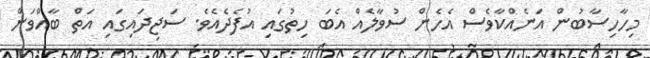
މިހާހިސާބުން އަނެއްކާވެސް އެހެން ސުވާލެއް އެބަ ހިތުގައި އުފެދެއެވެ. ސަޖިދައިގައި އަތް ބާއްވަން